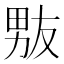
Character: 𰣊